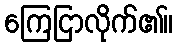
ကြေငြာလိုက်၏။